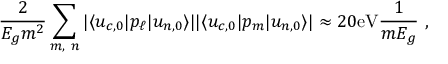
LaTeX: { \frac { 2 } { E _ { g } m ^ { 2 } } } \sum _ { m , \ n } { | \langle u _ { c , 0 } | p _ { \ell } | u _ { n , 0 } \rangle | } { | \langle u _ { c , 0 } | p _ { m } | u _ { n , 0 } \rangle | } \approx 2 0 \mathrm { e V } { \frac { 1 } { m E _ { g } } } \ ,